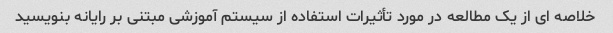
خلاصه ای از یک مطالعه در مورد تأثیرات استفاده از سیستم آموزشی مبتنی بر رایانه بنویسید